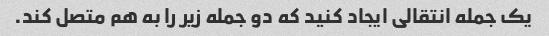
یک جمله انتقالی ایجاد کنید که دو جمله زیر را به هم متصل کند.